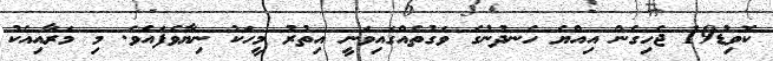
ކޮވިޑު19 ޖެހިގެން އިއްޔެ ހެނދުނުގެ ވަގުތެއްގައިވަނީ އިތުރު މީހަކު ނިޔާވެފައެވެ. މި މަރާއިއެކު